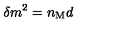
\delta m ^ { 2 } = n _ { \mathrm { M } } d